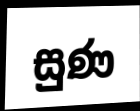
සුණ